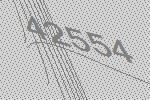
42554